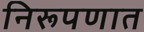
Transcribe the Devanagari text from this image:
निरूपणात